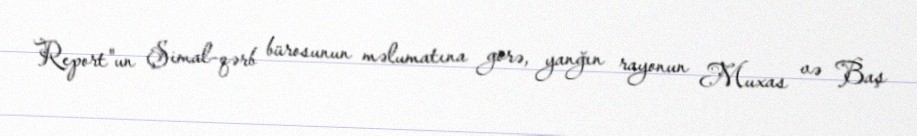
Report"un Şimal-qərb bürosunun məlumatına görə, yanğın rayonun Muxas və Baş